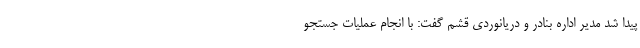
پیدا شد مدیر اداره بنادر و دریانوردی قشم گفت: با انجام عملیات جستجو